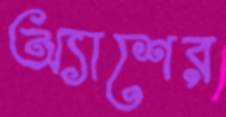
অ্যাশের